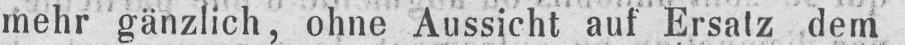
mehr gänzlich ohne Aussicht auf Ersatz dem